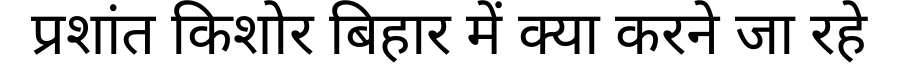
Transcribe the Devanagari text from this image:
प्रशांत किशोर बिहार में क्या करने जा रहे